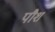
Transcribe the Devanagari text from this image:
पौश